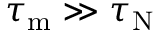
\tau _ { \mathrm { m } } \gg \tau _ { \mathrm { N } }